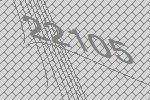
22105